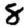
Digit: 8